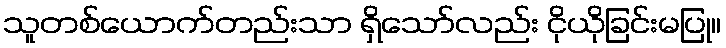
သူတစ်ယောက်တည်းသာ ရှိသော်လည်း ငိုယိုခြင်းမပြု။